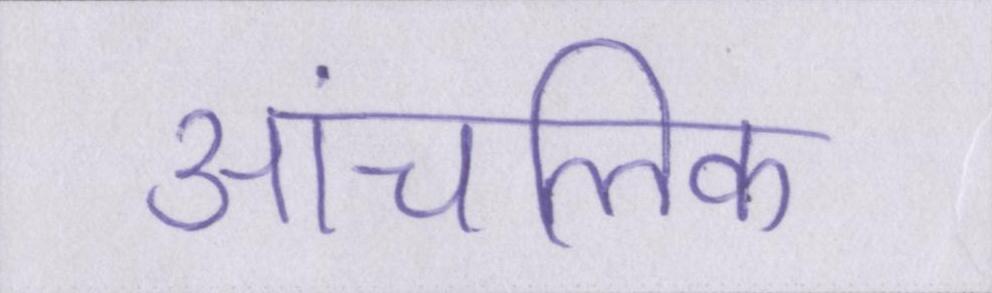
आंचलिक